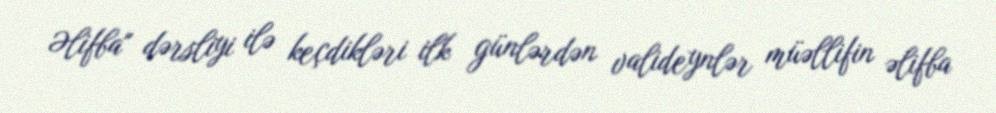
Əlifba" dərsliyi ilə keçdikləri ilk günlərdən valideynlər müəllifin əlifba